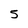
Character: 5